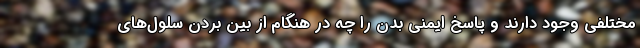
مختلفی وجود دارند و پاسخ ایمنی بدن را چه در هنگام از بین بردن سلول‌های